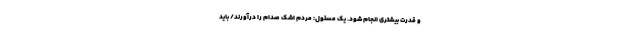
و قدرت بیشتری انجام شود. یک مسئول: مردم اشک صدام را درآورند/ باید